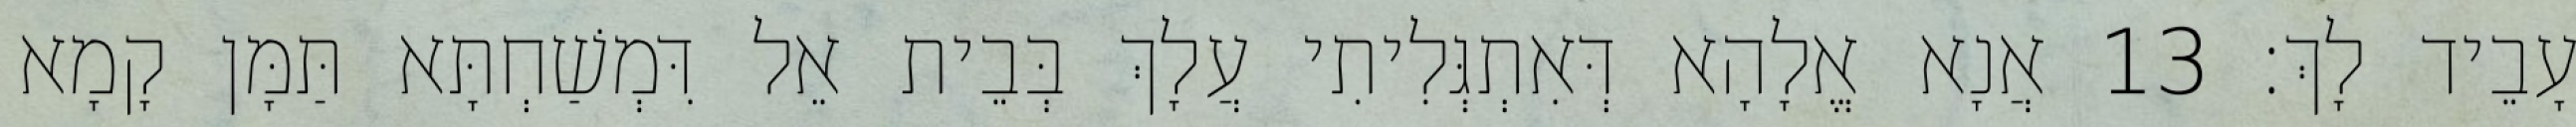
עָבֵיד לָךְ׃ 13 אֲנָא אֱלָהָא דְּאִתְגְּלִיתִי עֲלָךְ בְּבֵית אֵל דִּמְשַׁחְתָּא תַּמָּן קָמָא